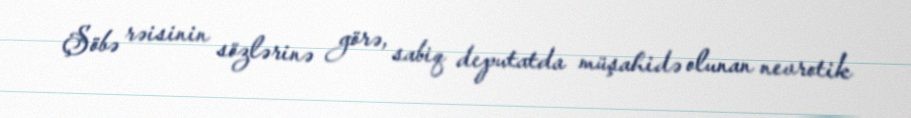
Şöbə rəisinin sözlərinə görə, sabiq deputatda müşahidə olunan nevrotik